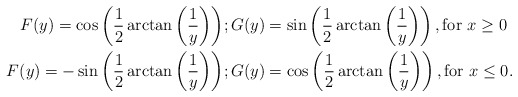
\begin{align*} F(y) = \cos \left(\dfrac{1}{2}\arctan\left(\dfrac{1}{y}\right)\right) &; G(y) = \sin \left(\dfrac{1}{2}\arctan\left(\dfrac{1}{y}\right)\right), \textrm{for }x \geq 0 \\ F(y) = -\sin \left(\dfrac{1}{2}\arctan\left(\dfrac{1}{y}\right)\right) &; G(y) = \cos \left(\dfrac{1}{2}\arctan\left(\dfrac{1}{y}\right)\right), \textrm{for }x \leq 0.\end{align*}